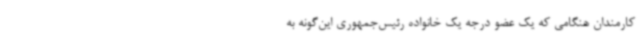
کارمندان هنگامی که یک عضو درجه یک خانواده رئیس‌جمهوری این‌گونه به